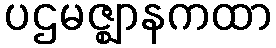
ပဌမဇ္ဈာနကထာ